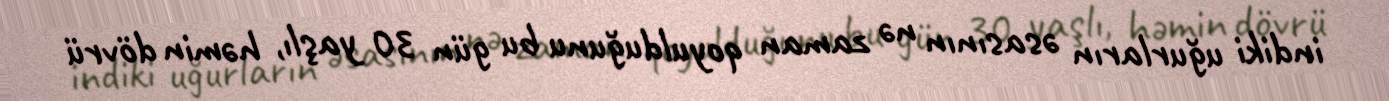
indiki uğurların əsasının nə zaman qoyulduğunu bu gün 30 yaşlı, həmin dövrü